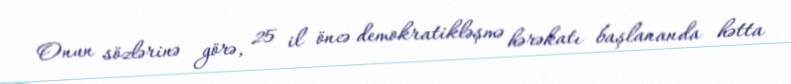
Onun sözlərinə görə, 25 il öncə demokratikləşmə hərəkatı başlananda hətta